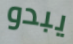
يبدو